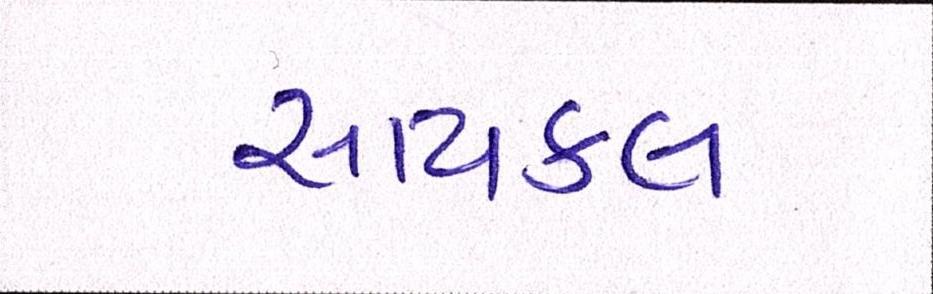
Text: સાયકલ